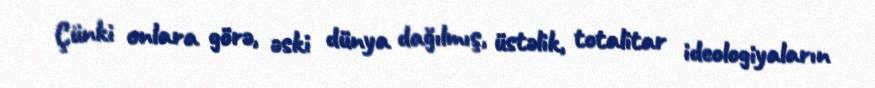
Çünki onlara görə, əski dünya dağılmış, üstəlik, totalitar ideologiyaların